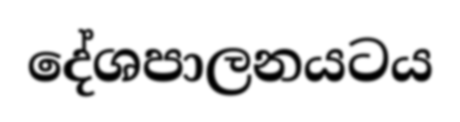
දේශපාලනයටය